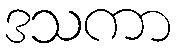
ဒသကာ